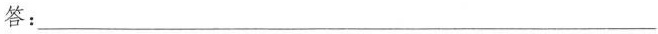
答：___